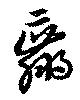
羸